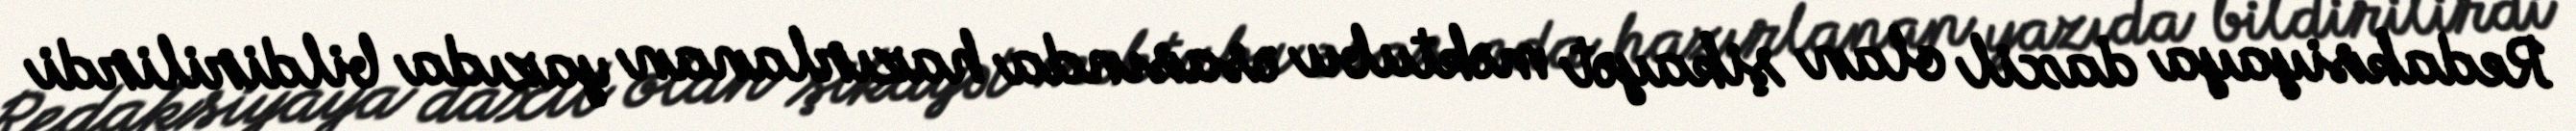
Redaksiyaya daxil olan şikayət məktubu əsasında hazırlanan yazıda bildirilirdi